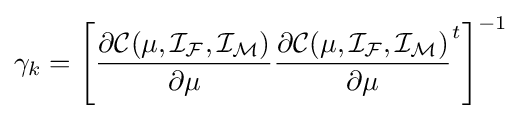
\gamma _{k}=\left[{\dfrac {\partial {\mathcal {C}}(\mu ,{\mathcal {I_{F}}},{\mathcal {I_{M}}})}{\partial \mu }}{\dfrac {\partial {\mathcal {C}}(\mu ,{\mathcal {I_{F}}},{\mathcal {I_{M}}})}{\partial \mu }}^{t}\right]^{-1}